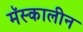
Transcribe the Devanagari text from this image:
मॅस्कालीन